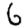
Digit: 6